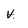
Character: v